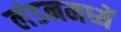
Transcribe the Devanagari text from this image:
लंडनमध्यें